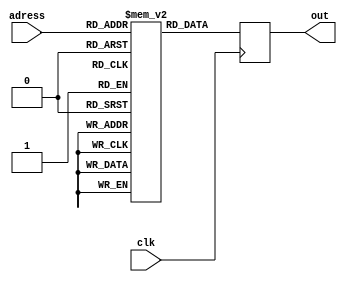
`timescale 1ns / 1ps

module rom(
    clk,
    adress,
    out
);

reg [31:0]data[127:0];

input clk;
input [6:0]adress;
output reg [31:0]out;

always@(posedge clk)begin
    out = data[adress];
end
endmodule

module ram(
    clk,
    in,
    rw,
    adress,
    out
);

reg [31:0]data[127:0];

input rw;
input [31:0]in;
input clk;
input [6:0]adress;
output reg [31:0]out;

always@(posedge clk)begin
    out = data[adress];
    
    if(rw)begin
        data[adress] = in;
    end
end
endmodule